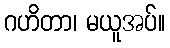
ဂဟိတာ၊ မယူအပ်။